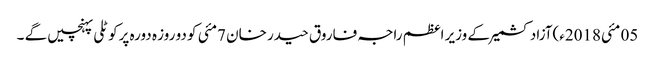
05 مئی2018ء)آزاد کشمیر کے وزیر اعظم راجہ فاروق حیدر خان 7مئی کو دو روز ہ دورہ پرکوٹلی پہنچیں گے ۔